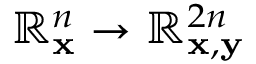
\mathbb { R } _ { \mathbf { x } } ^ { n } \to \mathbb { R } _ { \mathbf { x } , \mathbf { y } } ^ { 2 n }